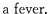
a fever.